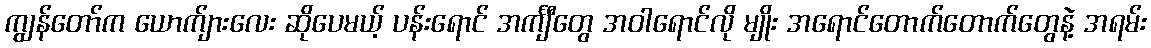
ကျွန်တော်က ယောက်ျားလေး ဆိုပေမယ့် ပန်းရောင် အင်္ကျီတွေ အဝါရောင်လို မျိုး အရောင်တောက်တောက်တွေနဲ့ အရမ်း